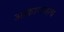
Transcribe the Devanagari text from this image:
आकाराचाच